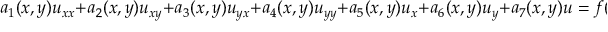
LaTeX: a _ { 1 } ( x , y ) u _ { x x } + a _ { 2 } ( x , y ) u _ { x y } + a _ { 3 } ( x , y ) u _ { y x } + a _ { 4 } ( x , y ) u _ { y y } + a _ { 5 } ( x , y ) u _ { x } + a _ { 6 } ( x , y ) u _ { y } + a _ { 7 } ( x , y ) u = f ( x , y )